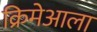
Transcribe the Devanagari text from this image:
क्रिमेआला